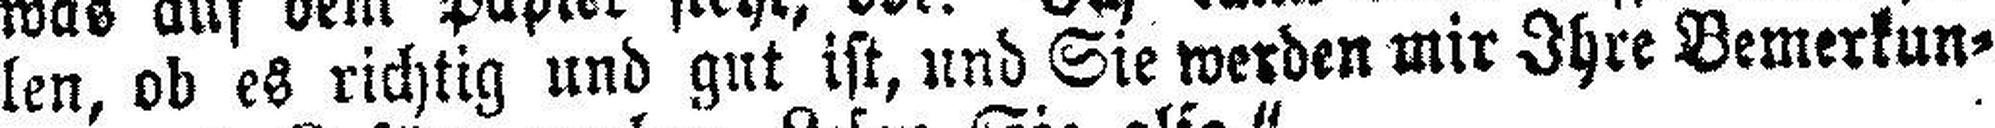
len, ob es richtig und gut ist, und Sie werden mir Ihre Bemerkun¬